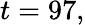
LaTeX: t=97,